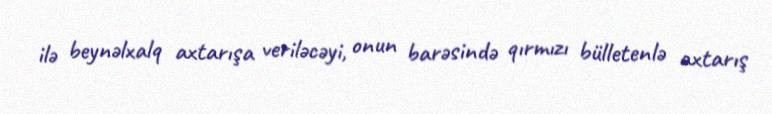
ilə beynəlxalq axtarışa veriləcəyi, onun barəsində qırmızı bülletenlə axtarış